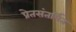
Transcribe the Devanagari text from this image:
प्रेतसंतर्पित